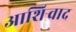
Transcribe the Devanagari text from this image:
आशिर्‍वाद